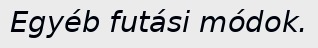
Egyéb futási módok.